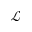
\mathcal { L }